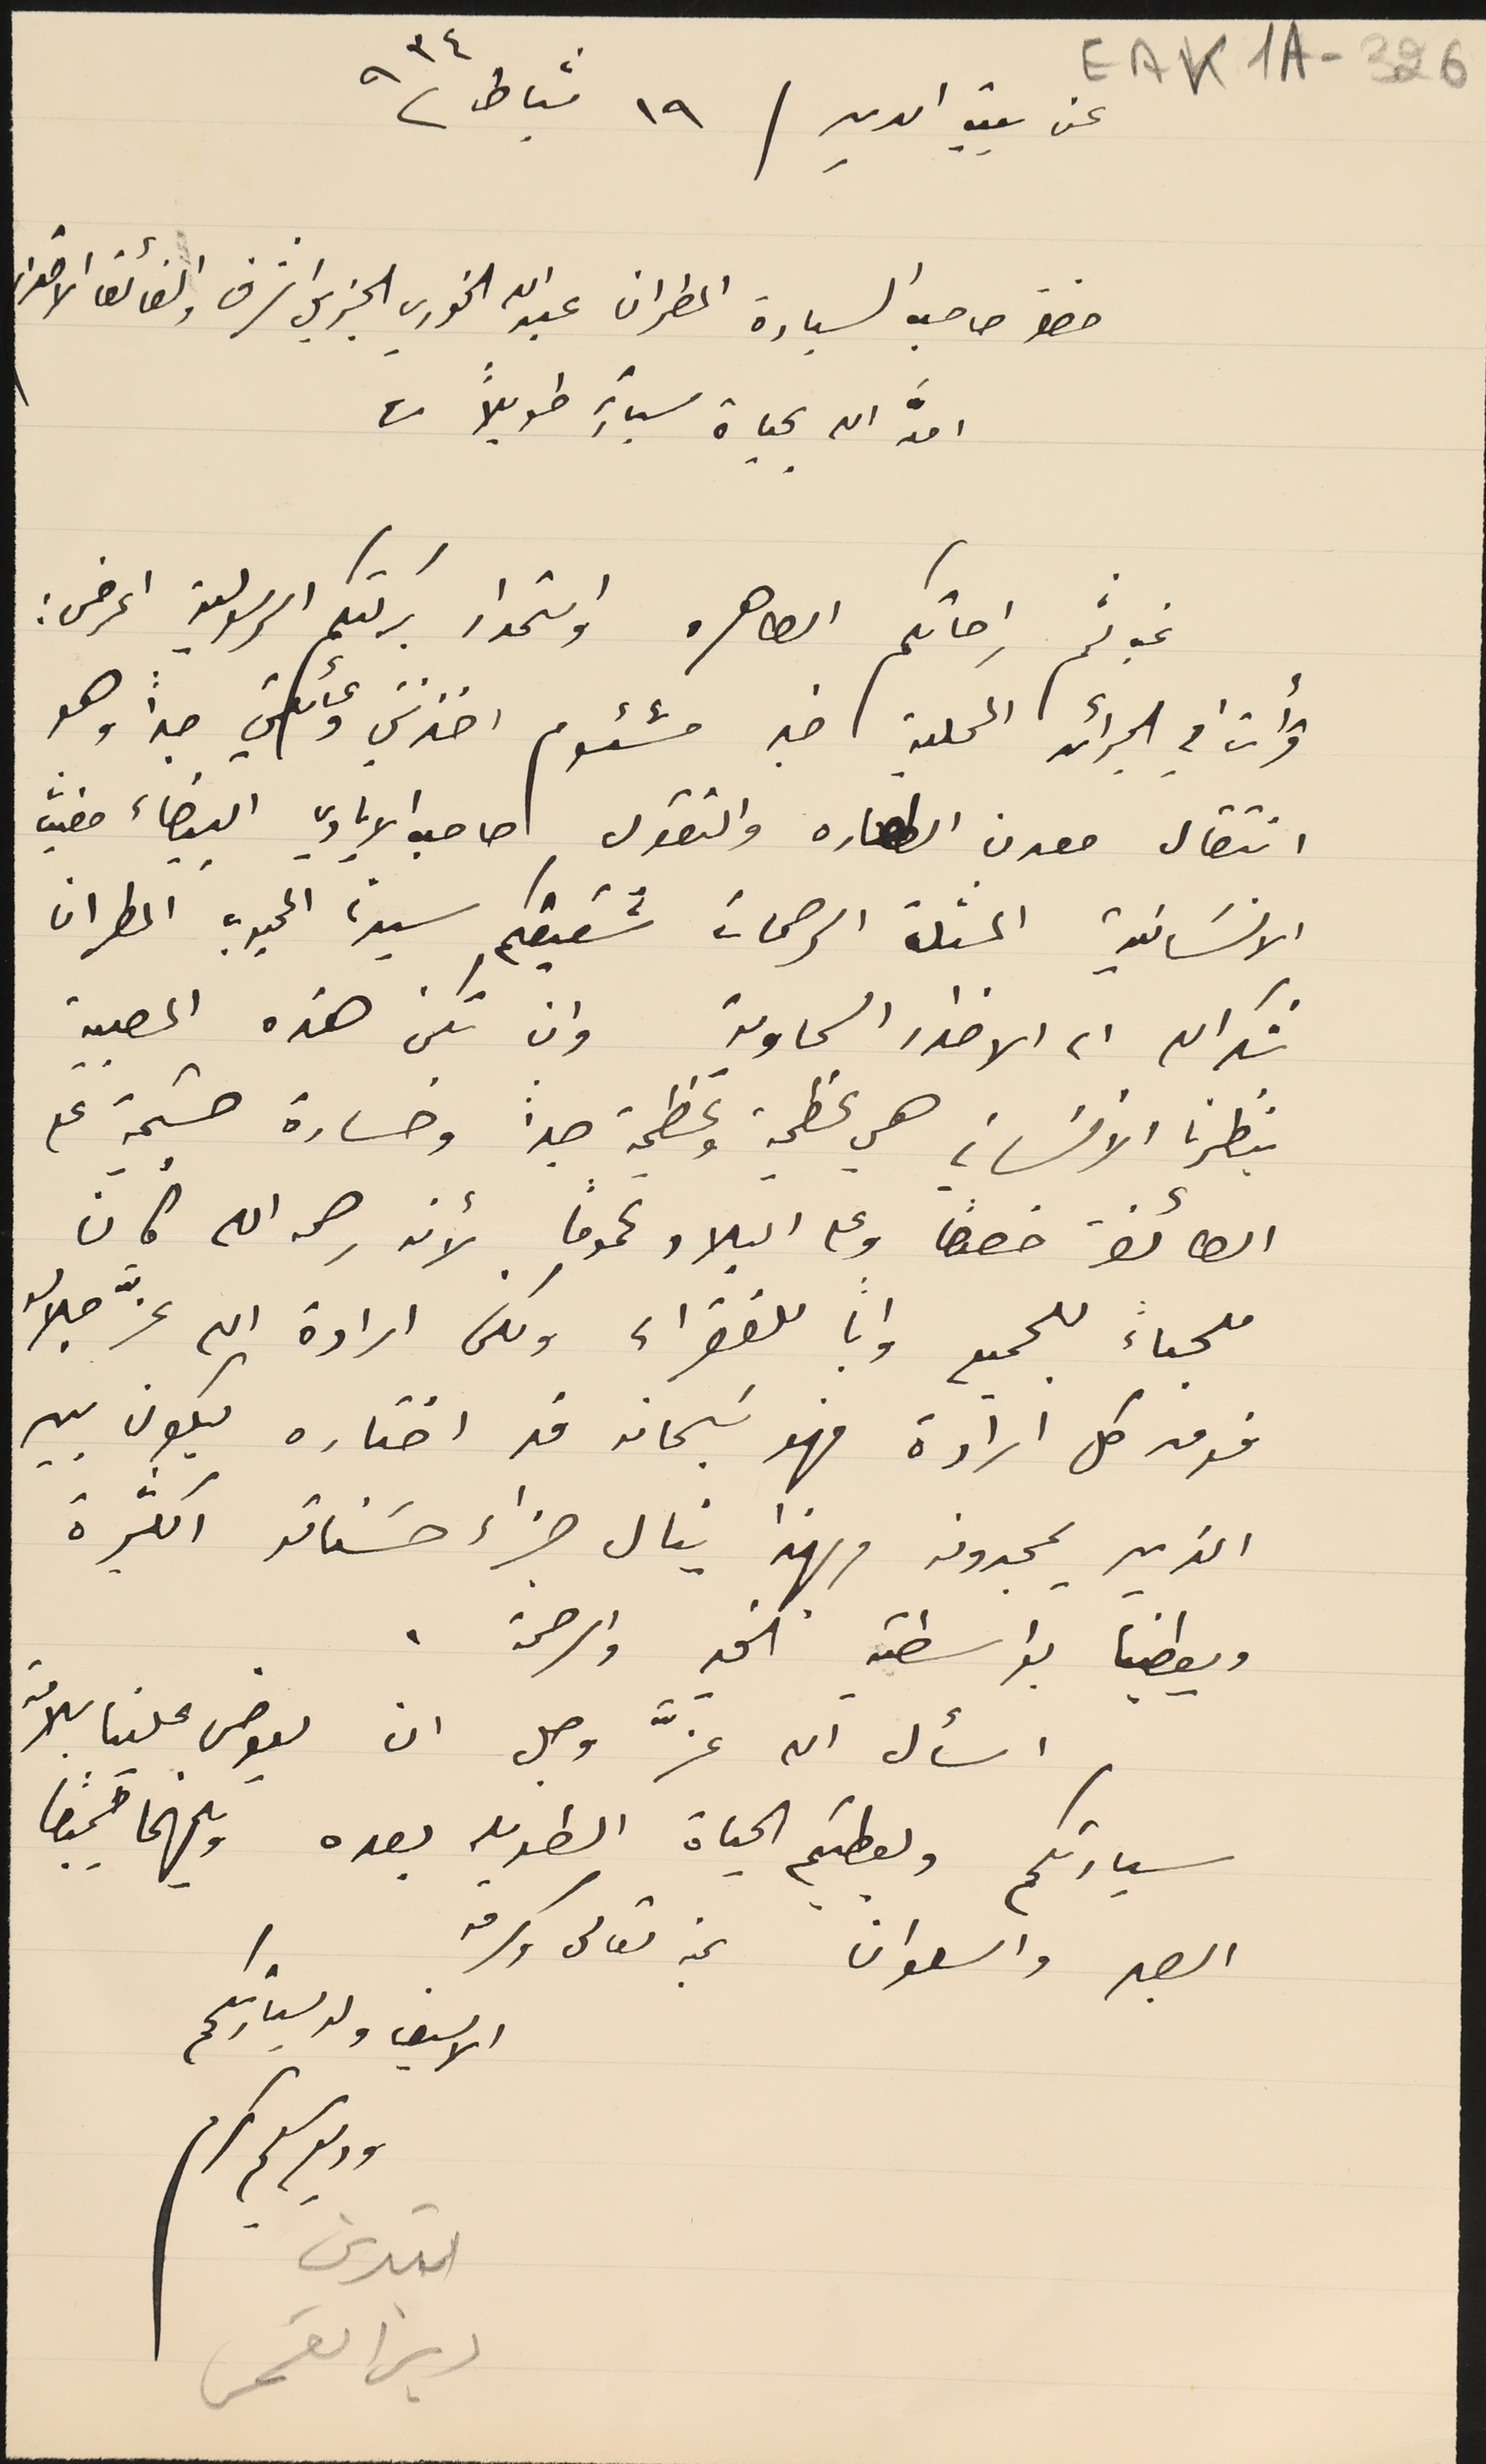
عن بيت الدين / ١٩ شباط ٩٣٤
 حضرة صاحب السيادة المطران عبدالله الخوري الجزيل الشرف والفائق الاحترام
امدَّ الله بحياة سيادته طويلاً
 غب لثم راحاتكم الطاهره واستمداد بركتكم الرسولية اعرض :
قرأت في الجرأئد المحلية خبر مشئوم احزنني وعائلتي جداً وهو
انتقال معدن الطهاره والتقوى صاحب الايادي البيضاء مغيّب
الانسَانية المثلث الرحمات شقيقكم سيدنا المحبوب المطران
شكرالله الى الاخدار السماوية وان تكن هذه المصيبة
بنظرنا الانساني هي عظيمة وعظيمة جداً وخسارة جسَيمة على
الطائفة خصوصاً وعلى البلاد عمومًا . لأنه رحمه الله كان
ملجاءً للجميع واباً للفقراء ولكن ارادة الله عزَّ جلاله
فوق كل إرادة فهو سَبحانه قد اختاره ليكون بين
الذين يمجدونه ولهذا ينال جزاء حسناته الكثيرة
ويعطينا بواسطته الخير والرحمة .
الاسيف ولد سيادتكم
بتدين
دير القمر
EAK1A - 326
اسأل الله عزَّ وجل ان يعوض علينا للامة
سيادتكم ويعطيكم الحياة الطويلة بعده ويلهمنا جميعًا
الصبر والسلوان بمنه تعالى وكرمه
وديع سليم كرم